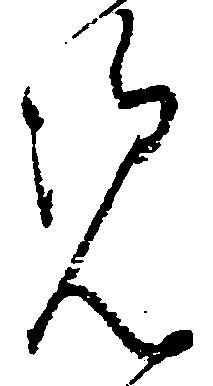
覧